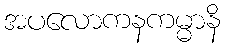
အပလောကနကမ္မာနိ